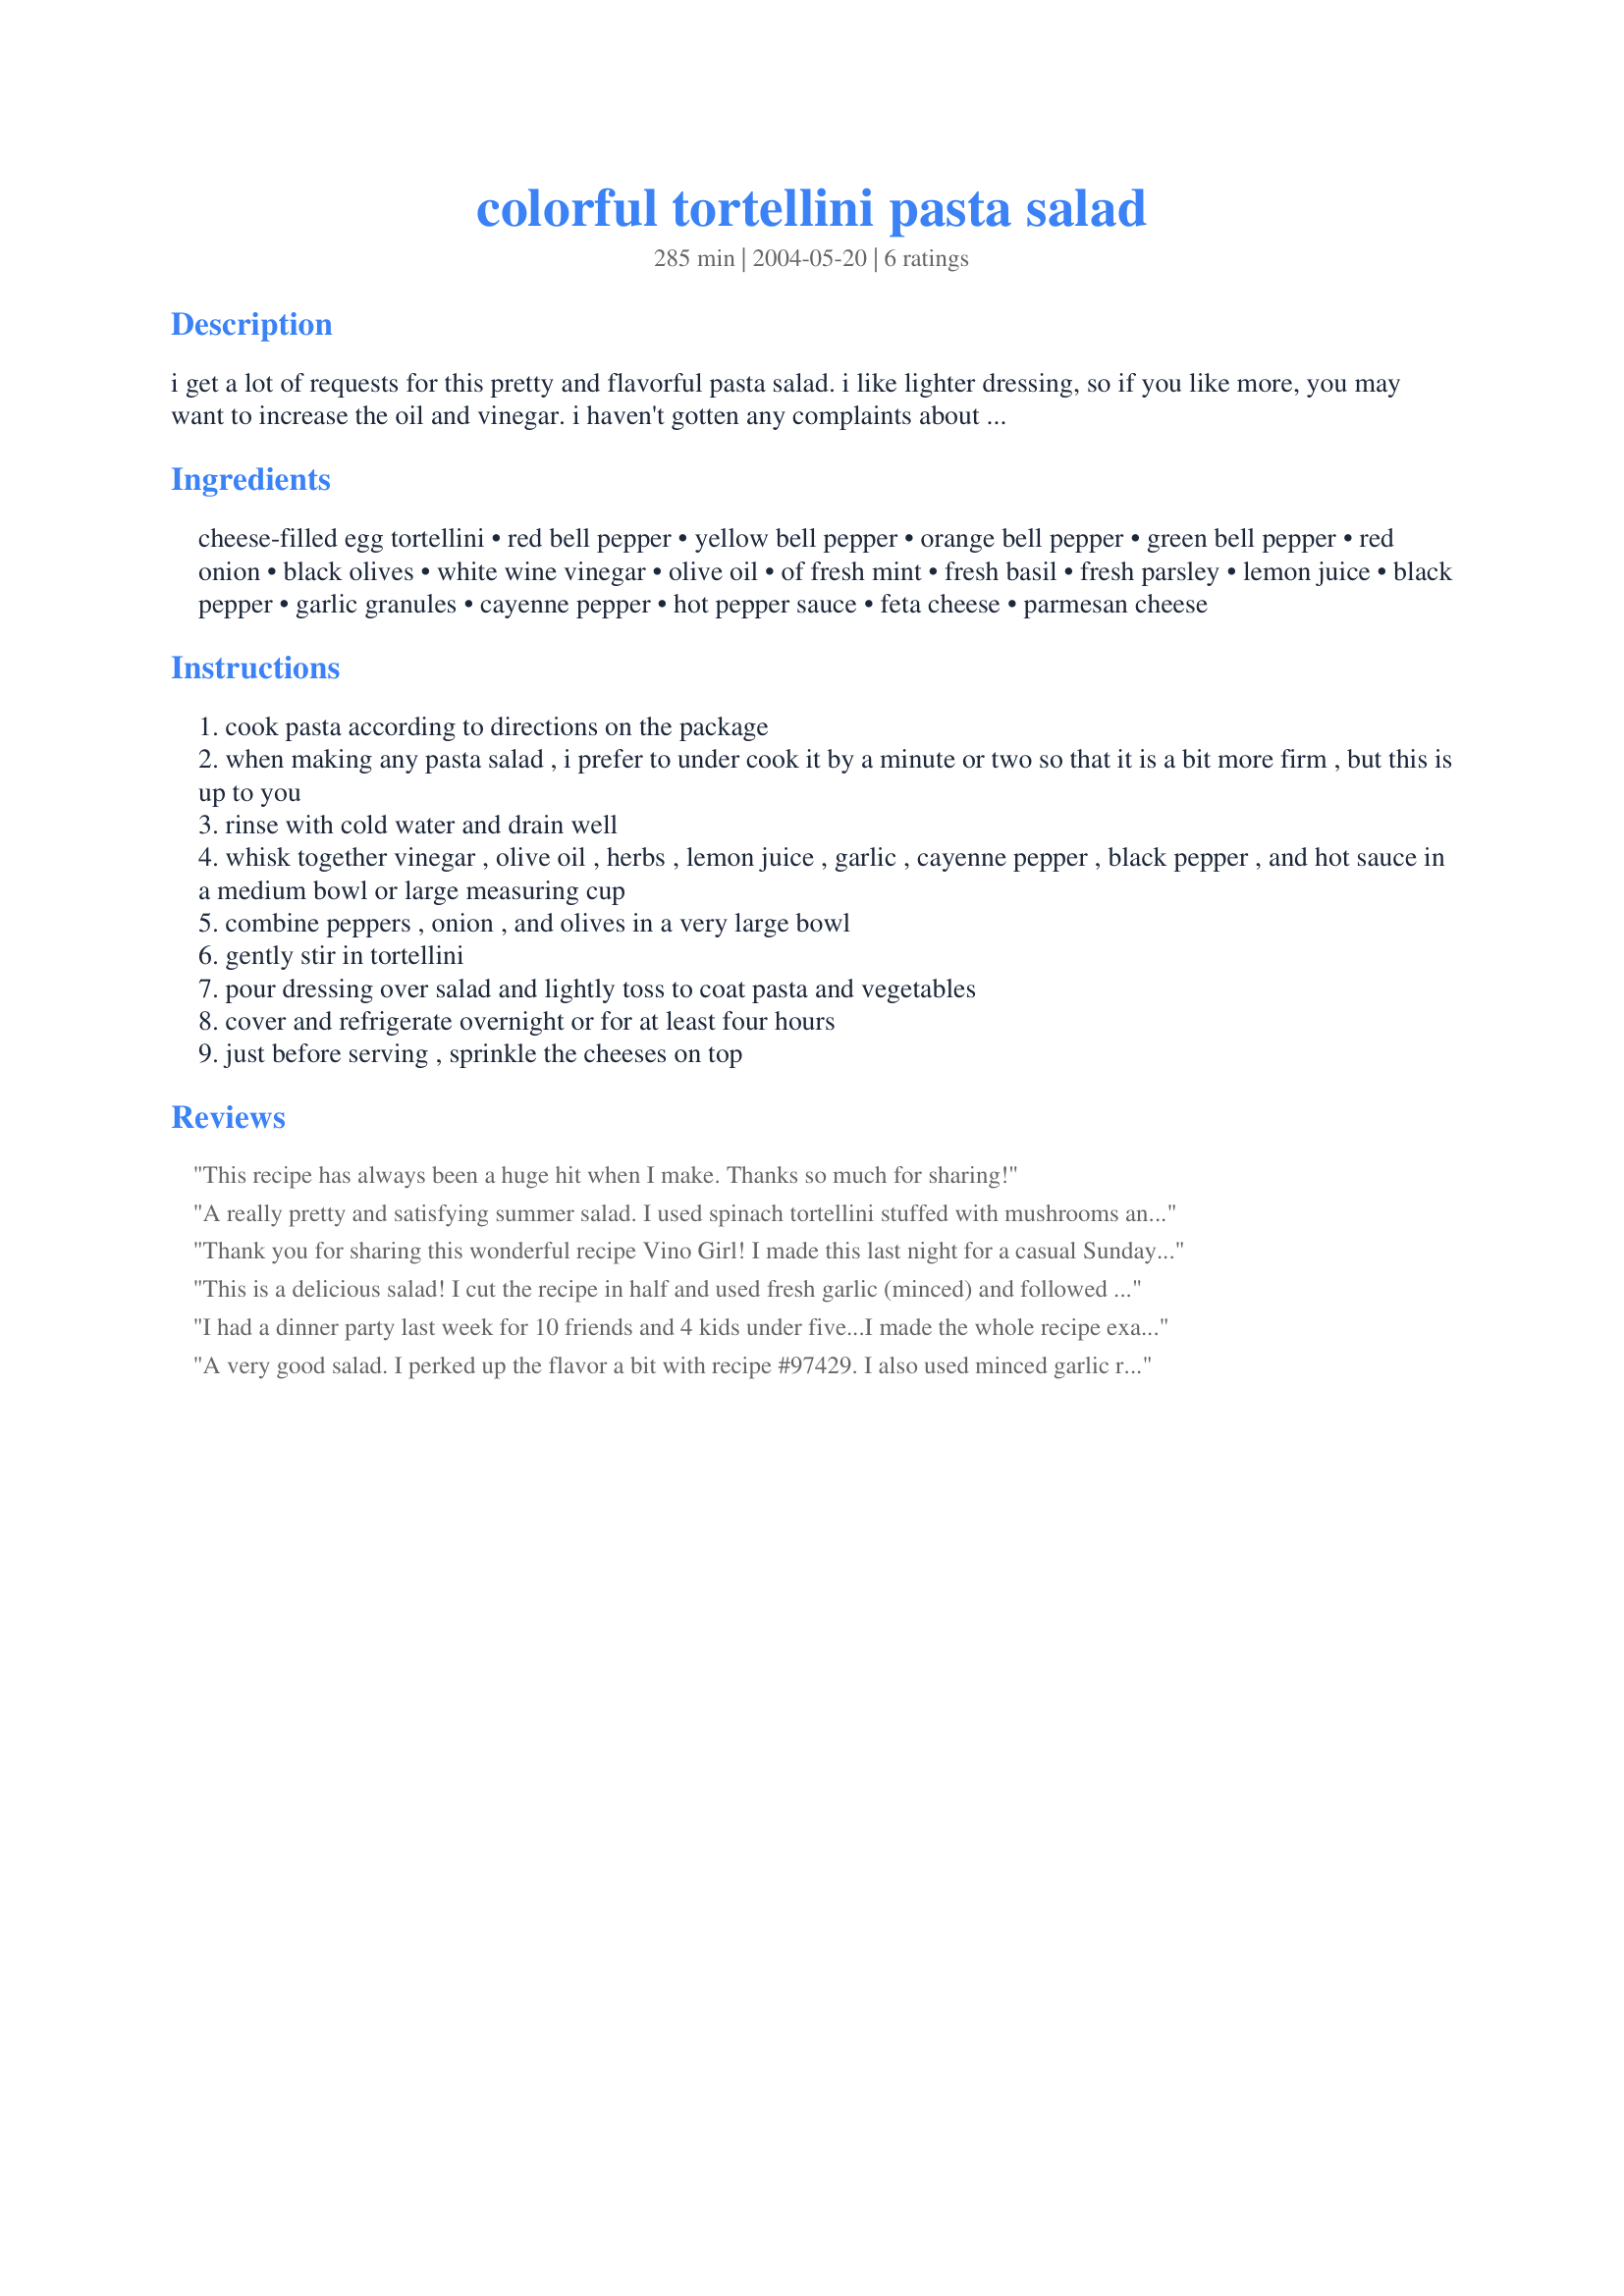
colorful tortellini pasta salad
Preparation time: 285 minutes

i get a lot of requests for this pretty and flavorful pasta salad. i like lighter dressing, so if you like more, you may want to increase the oil and vinegar. i haven't gotten any complaints about this though - only compliments! :) i use dry, tri-color tortellini, but you can use refrigerated tortellini or whatever pasta you like. i think fresh herbs and fresh parmesan cheese (not the powdered stuff in the can!) make a big difference in this recipe. i haven't tried it yet, but i think fresh broccoli would also be nice in this. this recipe makes a ton, so it is great for larger gatherings. the number of servings is a guess!

Ingredients:
cheese-filled egg tortellini, red bell pepper, yellow bell pepper, orange bell pepper, green bell pepper, red onion, black olives, white wine vinegar, olive oil, of fresh mint, fresh basil, fresh parsley, lemon juice, black pepper, garlic granules, cayenne pepper, hot pepper sauce, feta cheese, parmesan cheese

Steps:
cook pasta according to directions on the package
when making any pasta salad , i prefer to under cook it by a minute or two so that it is a bit more firm , but this is up to you
rinse with cold water and drain well
whisk together vinegar , olive oil , herbs , lemon juice , garlic , cayenne pepper , black pepper , and hot sauce in a medium bowl or large measuring cup
combine peppers , onion , and olives in a very large bowl
gently stir in tortellini
pour dressing over salad and lightly toss to coat pasta and vegetables
cover and refrigerate overnight or for at least four hours
just before serving , sprinkle the cheeses on top

Reviews:
This recipe has always been a huge hit when I make. Thanks so much for sharing!
A really pretty and satisfying summer salad. I used spinach tortellini stuffed with mushrooms and added tomatoes. Would add more cheese and a little less lemon if using mushroom totellini again.
Thank you for sharing this wonderful recipe Vino Girl! I made this last night for a casual Sunday summer meal, and it was absolutely delicious! It took all of my willpower not to go back to the serving bowl for seconds and thirds. I used 2 cloves of freshly minced garlic instead of the granules and didn't have any feta on hand, so just added freshly grated Parmesan cheese and it was great. I skipped the green pepper and it was still colourful and completely appetizing.<br/><br/>Next time, I would pour half of the vinaigrette dressing onto the pasta, then refrigerate for four hours, then I would then add the rest of the dressing just before serving. Thanks!
This is a delicious salad! I cut the recipe in half and used fresh garlic (minced) and followed the rest of the instructions. I did add a little more cheese (we love cheese). We had unexpected company and this really made a hit. I ran up and made her a copy of the recipe to take home. Thank you. Made for Zaar Alphabet Game.
I had a dinner party last week for 10 friends and 4 kids under five...I made the whole recipe exactly as printed, and they went BALLISTIC for it! I had three bites and it was gone - they took us up on our offer to take some home (darn!) and I\'m making it again today for my husband and I. The fresh herbs made a WORLD of difference and everyone wanted the recipe! It was the perfect cool side dish on a hot day. BTW, even though it\'s lightly coated with the sauce, everyone said it was perfect. Not greasy at all like other tortellini cold salads. TRY THIS!!!
A very good salad. I perked up the flavor a bit with recipe #97429. I also used minced garlic rather than granules. This salad makes a gorgeous presentation.
